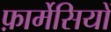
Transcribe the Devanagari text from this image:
फ़ार्मेसियों